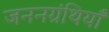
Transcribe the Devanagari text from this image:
जननग्रंथियाँ